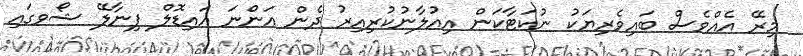
މިރޭ އެއްވެސް ބައިވެރިޔަކު ނުކަޓާކަން އިއުލާނުކުރިއިރު ދެން އަންނަ އައިޑޮލް ފިނާލޭ ޝޯވގައި